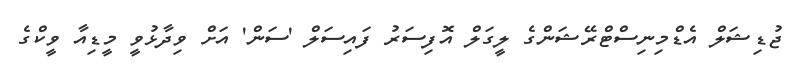
ޖުޑިޝަލް އެޑްމިނިސްޓްރޭޝަންގެ ލީގަލް އޮފިސަރު ފައިސަލް 'ސަން' އަށް ވިދާޅުވީ މީޑިއާ ވީކްގެ